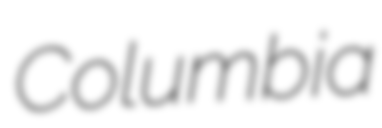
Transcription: Columbia